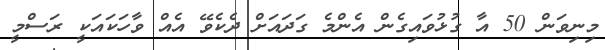
މިނިވަން 50 އާ ގުޅުވައިގެން އެންމެ ގަދައަށް ދެކެވޭ އެއް ވާހަކައަކީ ރަސްމީ